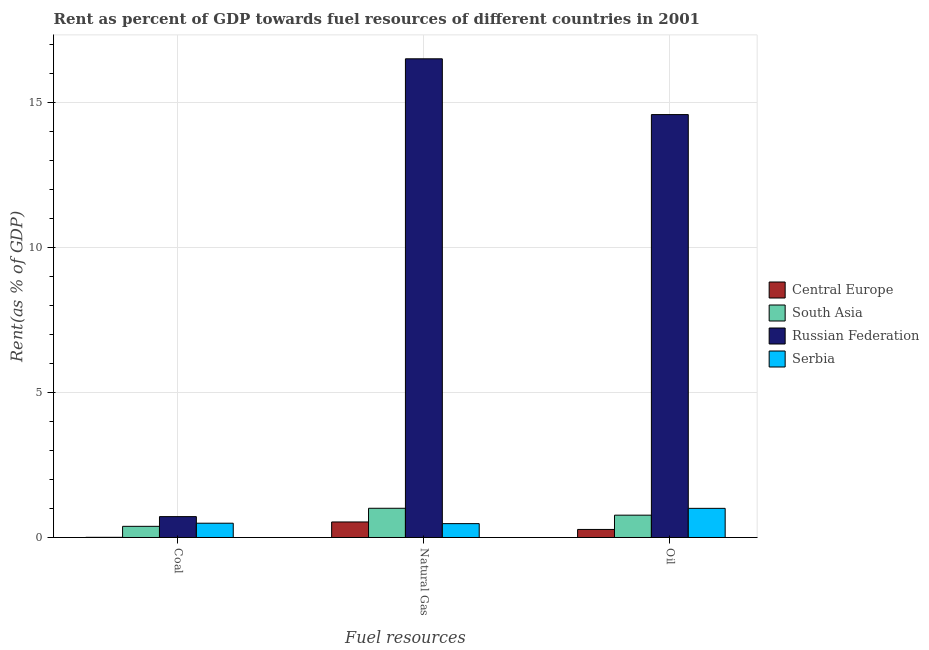
| Fuel resources | Central Europe | South Asia | Russian Federation | Serbia |
 | --- | --- | --- | --- | --- |
 | Coal | 0.00606 | 0.384 | 0.719 | 0.492 |
 | Natural Gas | 0.535 | 1.01 | 16.5 | 0.477 |
 | Oil | 0.277 | 0.77 | 14.6 | 1 |